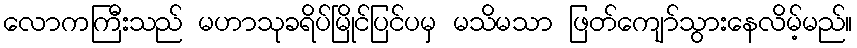
လောကကြီးသည် မဟာသုခရိပ်မြိုင်ပြင်ပမှ မသိမသာ ဖြတ်ကျော်သွားနေလိမ့်မည်။